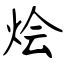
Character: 烩